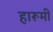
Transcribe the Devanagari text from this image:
हारूमी